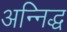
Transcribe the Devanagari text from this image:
अन्निद्ध